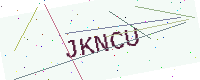
Text: JKNCU